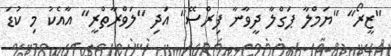
"ޒީރޯ" "ޔަމްލާ ޕަގްލާ ދީވާނާ ފިރްސޭ" އަދި "ލަވްރާތްރީ" އާއެކު މި ކުޑަ